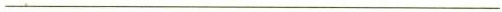
___